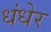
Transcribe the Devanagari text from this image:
धंधेर